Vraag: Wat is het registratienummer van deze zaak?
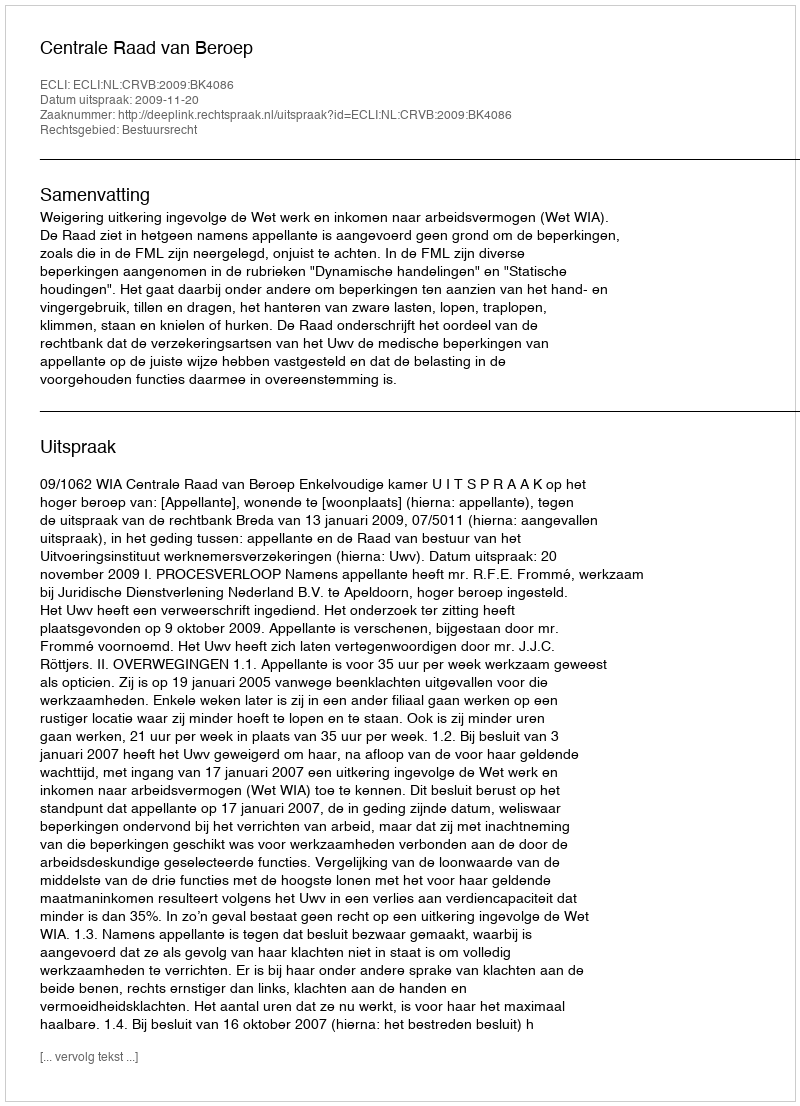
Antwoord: http://deeplink.rechtspraak.nl/uitspraak?id=ECLI:NL:CRVB:2009:BK4086